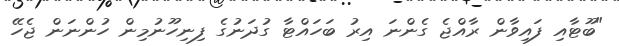
"ބޫޓާއި ފައިވާން ރާއްޖެ ގެންނަ އިރު ބަހައްޓާ ގުދަނުގެ ފިނިހޫނުމިން ހުންނަން ޖެހޭ